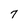
Character: 7